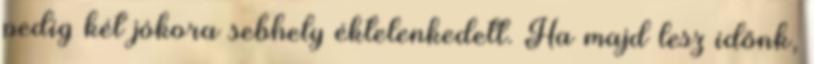
pedig két jókora sebhely éktelenkedett. Ha majd lesz időnk,